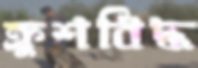
ক্রুশবিদ্ধ